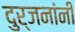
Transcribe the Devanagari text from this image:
दुर्जनांनी